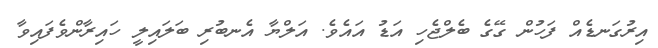
އިރުގަނޑެއް ފަހުން ގޭގެ ބެލްޖެހި އަޑު އައެވެ. އަލްޔާ އެނބުރި ބަލައިލީ ހައިރާންވެފައިވާ